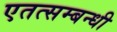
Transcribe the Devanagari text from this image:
एतत्सम्बन्धी